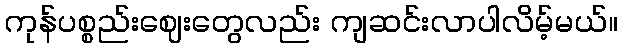
ကုန်ပစ္စည်းဈေးတွေလည်း ကျဆင်းလာပါလိမ့်မယ်။